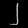
Digit: ၂